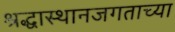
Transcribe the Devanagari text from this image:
श्रद्धास्थानजगताच्या